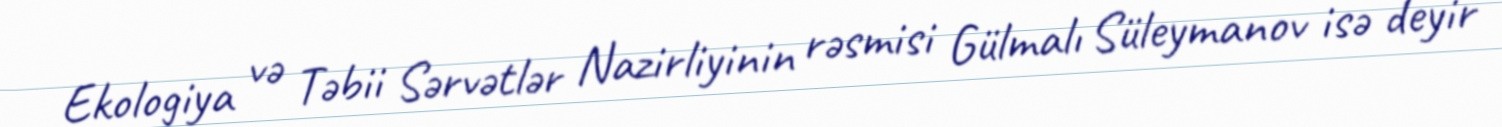
Ekologiya və Təbii Sərvətlər Nazirliyinin rəsmisi Gülmalı Süleymanov isə deyir